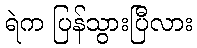
ရဲက ပြန်သွားပြီလား